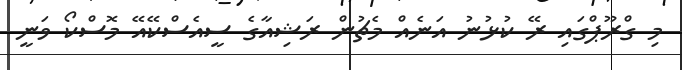
މި ގްރޫޕްގައި ރޭ ކުޅުނު އަނެއް މެޗުން ރަޝިއާގެ ސީއެސްކޭއޭ މޮސްކޯ ވަނީ